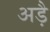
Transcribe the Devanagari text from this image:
अड़ै